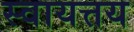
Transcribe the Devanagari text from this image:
स्वायत्तय